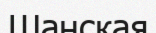
Шанская